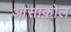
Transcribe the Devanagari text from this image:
आसाकोल